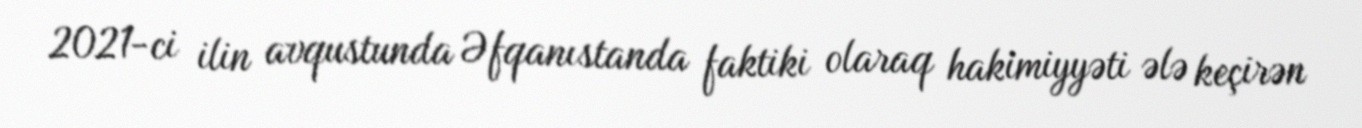
2021-ci ilin avqustunda Əfqanıstanda faktiki olaraq hakimiyyəti ələ keçirən